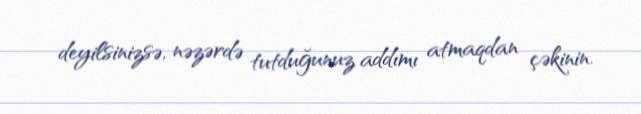
deyilsinizsə, nəzərdə tutduğunuz addımı atmaqdan çəkinin.